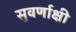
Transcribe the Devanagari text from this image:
सुवर्णाक्षी